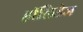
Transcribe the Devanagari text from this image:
हॉलिडेज